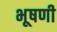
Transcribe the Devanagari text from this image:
भूषणी